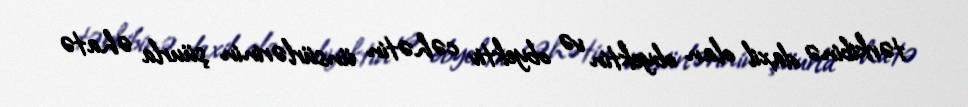
tərkibinə daxil olan obyektin və obyektiv cəhətin ünsürlərinin şüurla əhatə